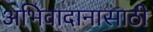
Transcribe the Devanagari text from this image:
अभिवादानासाठी